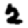
Digit: 2